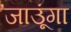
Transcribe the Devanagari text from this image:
जाउूंगा